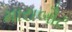
મારાબૌટ